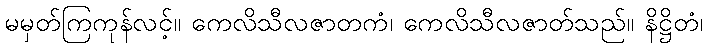
မမှတ်ကြကုန်လင့်။ ကေလိသီလဇာတကံ၊ ကေလိသီလဇာတ်သည်။ နိဋ္ဌိတံ၊